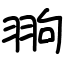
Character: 翑